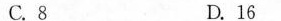
C.8 D.16